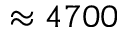
\approx 4 7 0 0